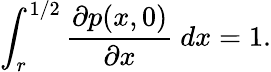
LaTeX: \int_{r}^{1/2}\frac{\partial p(x,0)}{\partial x}~dx=1.